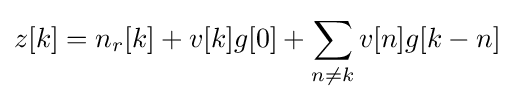
z[k]=n_{r}[k]+v[k]g[0]+\sum _{n\neq k}v[n]g[k-n]